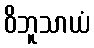
ဝိဘူသာယံ